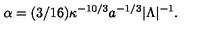
\alpha = ( 3 / 1 6 ) \kappa ^ { - 1 0 / 3 } a ^ { - 1 / 3 } | \Lambda | ^ { - 1 } .